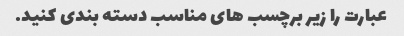
عبارت را زیر برچسب های مناسب دسته بندی کنید.